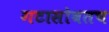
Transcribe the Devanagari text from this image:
गटासोबतच